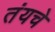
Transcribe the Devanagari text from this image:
तंयचे